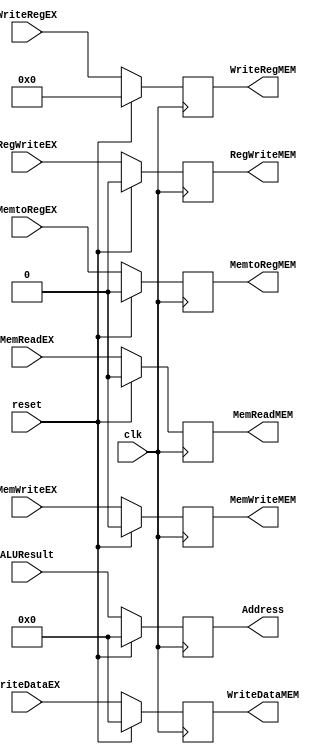
`ifndef _exmem
`define _exmem
`timescale 1ns / 1ps
//////////////////////////////////////////////////////////////////////////////////
// Company:
// Engineer:
//
// Design Name:
// Module Name:    EXMEM
// Project Name:
// Target Devices:
// Tool versions:
// Description:
//
// Dependencies:
//
// Revision:
// Revision 0.01 - File Created
// Additional Comments:
//
//////////////////////////////////////////////////////////////////////////////////
module EXMEM(clk, reset, ALUResult, WriteDataEX, WriteRegEX,
		RegWriteEX, MemReadEX, MemWriteEX, MemtoRegEX,
		Address, WriteDataMEM, WriteRegMEM,
		RegWriteMEM, MemReadMEM, MemWriteMEM, MemtoRegMEM
);

	input clk, reset;
	input [31:0] ALUResult;
	input [31:0] WriteDataEX;
	input [4:0] WriteRegEX;

	input RegWriteEX, MemReadEX, MemWriteEX, MemtoRegEX;

	output reg [31:0] Address;
	output reg [31:0] WriteDataMEM;
	output reg [4:0] WriteRegMEM;
	output reg RegWriteMEM, MemReadMEM, MemWriteMEM, MemtoRegMEM;

	initial begin
		Address <= 32'b0;
		WriteDataMEM <= 32'b0;
		WriteRegMEM <= 5'b0;
		RegWriteMEM <= 1'b0;
		MemReadMEM <= 1'b0;
		MemWriteMEM <= 1'b0;
		MemtoRegMEM <= 1'b0;
	end

	always @(posedge clk) begin
		if (reset) begin
			Address <= 32'b0;
			WriteDataMEM <= 32'b0;
			WriteRegMEM <= 5'b0;
			RegWriteMEM <= 1'b0;
			MemReadMEM <= 1'b0;
			MemWriteMEM <= 1'b0;
			MemtoRegMEM <= 1'b0;
		end
		else begin
			Address <= ALUResult;
			WriteDataMEM <= WriteDataEX;
			WriteRegMEM <= WriteRegEX;
			RegWriteMEM <= RegWriteEX;
			MemReadMEM <= MemReadEX;
			MemWriteMEM <= MemWriteEX;
			MemtoRegMEM <= MemtoRegEX;
		end
	end
endmodule
`endif